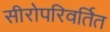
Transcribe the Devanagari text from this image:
सीरोपरिवर्तित